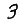
Digit: 3